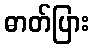
ဓာတ်ပြား